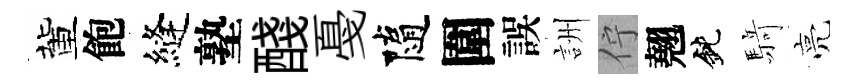
董飽縫塾醆戞隨圍誤詶佇翹鈍𮪍亮